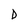
Character: D